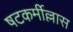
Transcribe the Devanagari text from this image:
षटकर्मील्लास